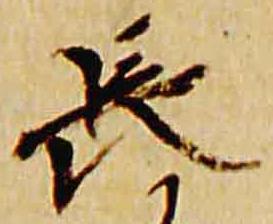
長